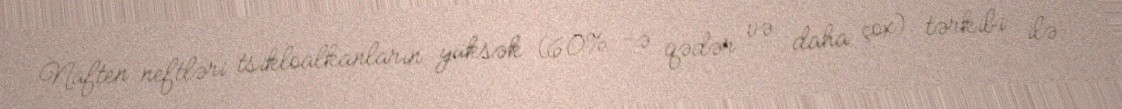
Naften neftləri tsikloalkanların yüksək (60% -ə qədər və daha çox) tərkibi ilə